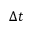
\Delta t